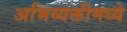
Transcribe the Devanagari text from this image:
अभिव्यक्तीमध्ये